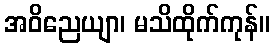
အဝိညေယျာ၊ မသိထိုက်ကုန်။